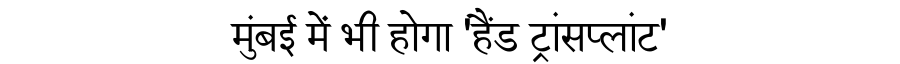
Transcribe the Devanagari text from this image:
मुंबई में भी होगा 'हैंड ट्रांसप्लांट'